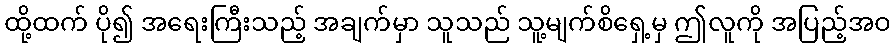
ထို့ထက် ပို၍ အရေးကြီးသည့် အချက်မှာ သူသည် သူ့မျက်စိရှေ့မှ ဤလူကို အပြည့်အဝ